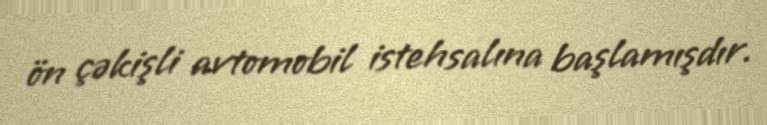
ön çəkişli avtomobil istehsalına başlamışdır.